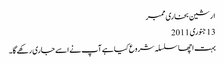
ارشین بخاری ممبر
‏13 جنوری 2011
بہت اچھا سلسلہ شروع کیا ہے آپ نے اسے جاری رکھے گا۔